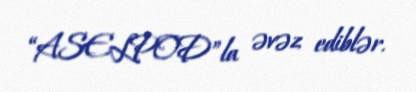
“ASELPOD”la əvəz ediblər.